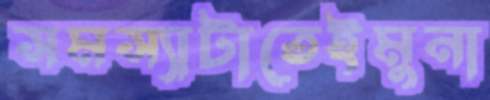
সমস্যাটাতেইমুনা